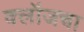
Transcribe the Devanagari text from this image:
क्लॉजचा